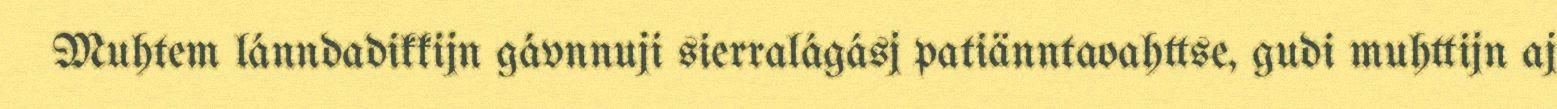
Muhtem lánndadikkijn gávnnuji sierralágásj patiänntaoahttse, gudi muhttijn aj